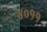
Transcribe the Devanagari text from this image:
४०११